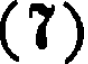
(7)